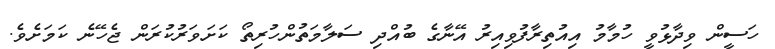
ހަސީން ވިދާޅުވީ ހުމާމު އިއުތިރާފުވިއިރު އޭނާގެ ބުއްދި ސަލާމަތުންހުރިތޯ ކަށަވަރުކުރަން ޖެހޭނެ ކަމަށެވެ.